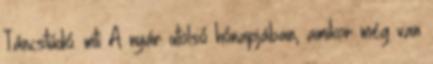
Táncstúdió. mti A nyár utolsó hónapjában, amikor még van